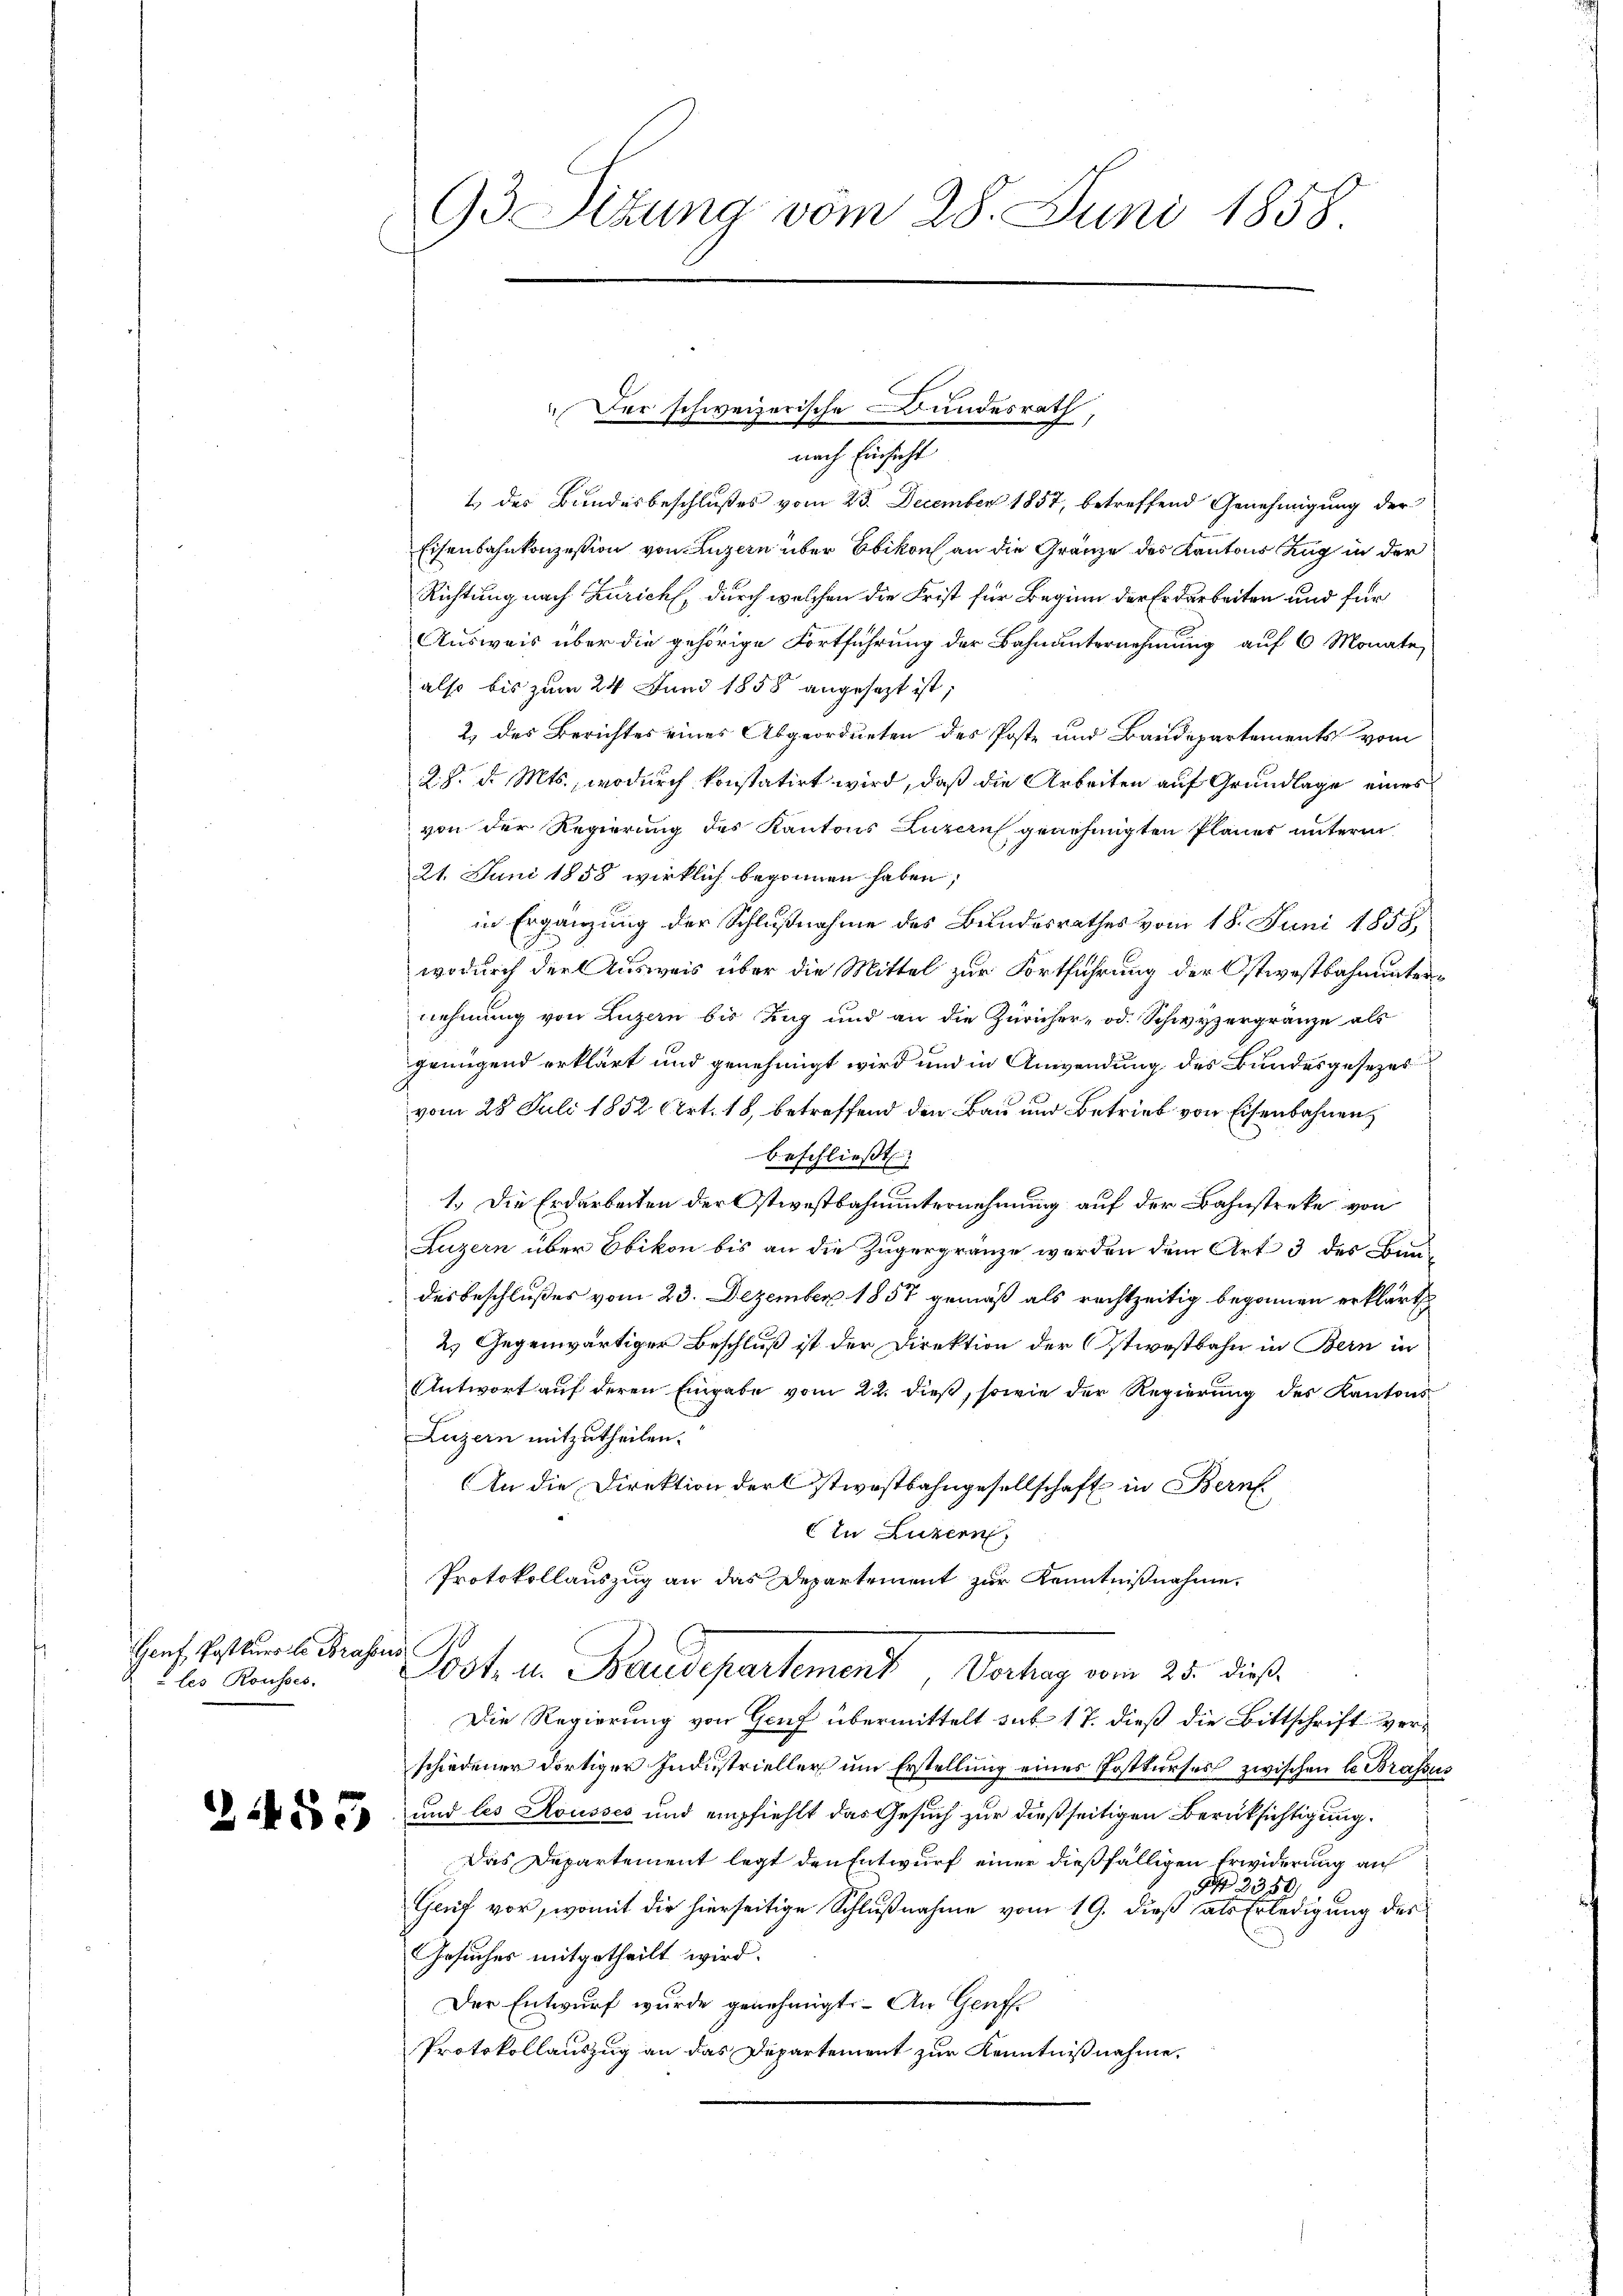
Hanf, Postkurs le Prasus
 les Rousses.

2455

93 Situng vom 28. Juni 1858

nach Einsicht
1 des Bundesbeschlußes vom 23. December 1857, betreffend Genehmigung der
Eisenbahnkonzession von Luzern über Ebikon an die Gränze des Kantons Zug in der
Richtung nach Zürich, durch welchen die Frist für Beginn der Erdarbeiten und für
Ausweis über die gehörige Fortführung der Bahnunternehmung auf 6 Monate,
also bis zum 24 Juni 1858 angesezt ist,
2) des Berichtes eines Abgeordneten des Poste und Baudepartements vom
28. d. Mts., wodurch konstatirt wird, daß die Arbeiten auf Grundlage eines
von der Regierung des Kantons Luzern genehmigten Planer unterm
21. Juni 1858 wirklich begonnen haben;
in Ergänzung der Schlußnahme des Bundesrathes vom 18. Juni 1858.
wodurch der Ausweis über die Mittel zur Fortführung der Ostwestbahnunternehmung von Luzern bis Zug und an die Züricher- od. Schwyzergränze als
genügend erklärt und genehmigt wird und in Anwendung des Bundesgesezes
vom 28. Juli 1852 Art. 18, betreffend den Bau und Betrieb von Eisenbahnen,
beschließt:
1.) Die Erdarbeiten der Ostwestbahnunternehmung auf der Bahnstreke von
Luzern über Obikon bis an die Zugergränze werden dem Art 3 des Bun-
desbeschlußes vom 23. Dezember 1857 gemäß als rechtzeitig begonnen erklärt
2.) Gegenwärtiger Beschluß ist der Direktion der (Istwestbahn in Bern in
Antwort auf deren Eingabe vom 22. dieß, sowie der Regierung des Kantons
Luzern mitzutheilen.
An die Direktion der Estwostbahngesellschaft in Bern
In Luzern,
Protokollauszug an das Departement zur Kenntnißnahme,
Post. in Beredepartement, Vertrag vom 25. dieß
Die Regierung von Genf übermittelt sub. 17. dieß die Bittschrift verschiedener dortiger Industrieller um Erstellung eines Postkurses zwischen le Brassus
und les Rousses und empfiehlt das Gesuch zur dießseitigen Berüksichtigung.
Das Departement legt den Entwurf einer dießfälligen Erwiderung auf
G 2350.
Genf vor, womit die hierseitige Schlußnahme vom 19. dieß als Erledigung des
Gesuches mitgetheilt wird.
Der Entwurf wurde genehmigt. – An Genff¬
Protokollauszug an das Departement zur Kenntnißnahme.

Der schweizerische Bundesrath,